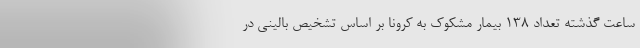
ساعت گذشته تعداد ۱۳۸ بیمار مشکوک به کرونا بر اساس تشخیص بالینی در